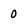
Character: 0